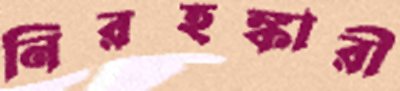
নিরহঙ্কারী